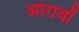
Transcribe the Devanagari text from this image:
ओरावों